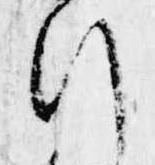
行